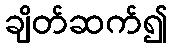
ချိတ်ဆက်၍